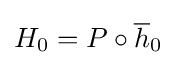
H_{0}=P\circ {\overline {h}}_{0}